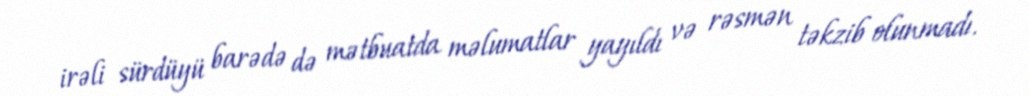
irəli sürdüyü barədə də mətbuatda məlumatlar yayıldı və rəsmən təkzib olunmadı.